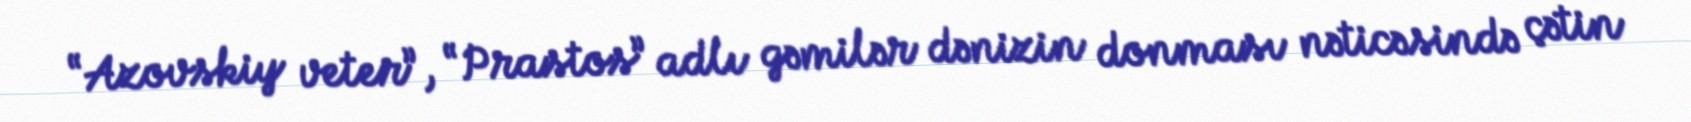
“Azovskiy veter”, “Prastos” adlı gəmilər dənizin donması nəticəsində çətin